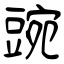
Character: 豌